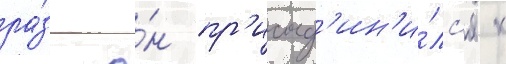
ра́з о́н пр'исоед'ин'и́лс'я к